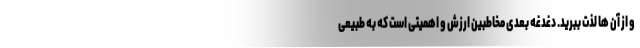
و از آن ها لذت ببرید. دغدغه بعدی مخاطبین ارزش و اهمیتی است که به طبیعی